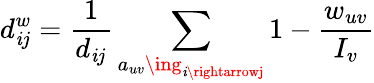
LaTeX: d_{\mathit{i}j}^{w}=\frac{{1}}{{d_{\mathit{i}j}}}\sum_{a_{uv}\ing_{\mathit{i}\rightarrowj}}1-\frac{{w_{uv}}}{{I_{v}}}